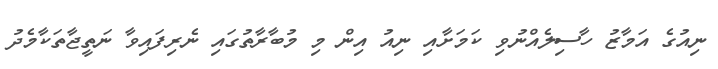
ނިއުގެ އަމާޒު ހާސިލެއްނުވި ކަމަށާއި ނިއު އިން މި މުބާރާތުގައި ނެރިފައިވާ ނަތީޖާތަކާމެދު